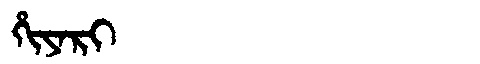
Manchu: ᡥᡳᠶᠠᡵᡳ
Romanization: HIYARI